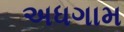
અધગામ